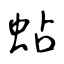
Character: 蛅